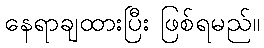
နေရာချထားပြီး ဖြစ်ရမည်။